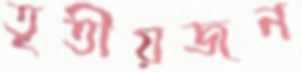
তৃতীয়জন